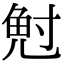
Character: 𭔷